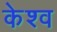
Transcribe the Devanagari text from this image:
केश्व